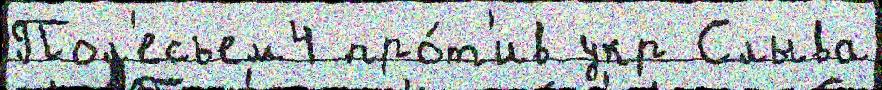
Пол'есьем4 про́т'ив укр Слыва